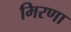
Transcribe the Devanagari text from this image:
मिरणा